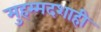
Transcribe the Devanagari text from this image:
मुहम्मदशाही